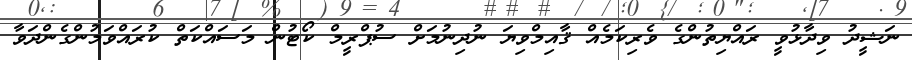
ނަޝީދު ވިދާޅުވީ ރައްޔިތުންގެ ވެރިކަމެއް ޤާއިމްވިޔަ ނުދިނުމަށް ސުޕްރީމް ކޯޓުން މަސައްކަތް ކުރައްވަމުންގެންދަވާ